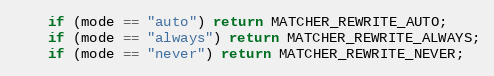
Language: C
    if (mode == "auto") return MATCHER_REWRITE_AUTO;
    if (mode == "always") return MATCHER_REWRITE_ALWAYS;
    if (mode == "never") return MATCHER_REWRITE_NEVER;